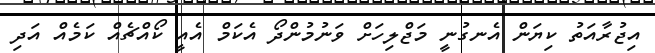
އިޖުރާއަތު ކިޔަން އެނގުނީ މަޖްލިހަށް ވަނުމުންދޯ އެކަމް އެއީ ކޯއްޗެއް ކަމެއް އަދި